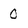
Character: 0